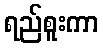
ရည်စူးကာ